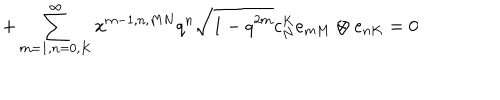
+ \sum _ { m = 1 , n = 0 , K } ^ { \infty } x ^ { m - 1 , n , M N } q ^ { n } \sqrt { 1 - q ^ { 2 m } } c _ { N } ^ { K } e _ { m M } \otimes e _ { n K } = 0